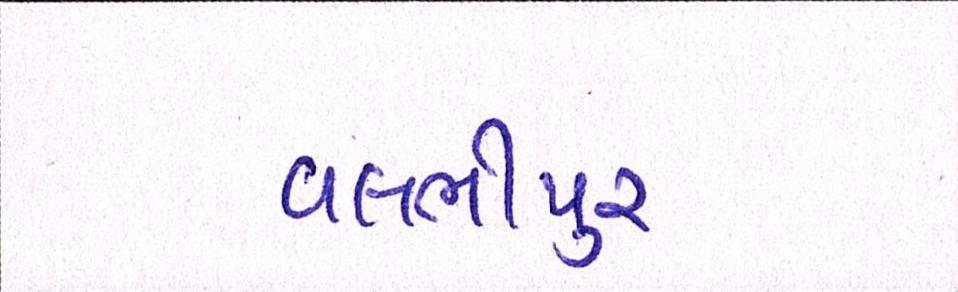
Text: વલભીપુર